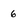
Character: 6